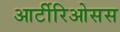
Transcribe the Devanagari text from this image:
आर्टीरिओसस